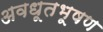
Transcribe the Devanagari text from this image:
अवधूतभूषण